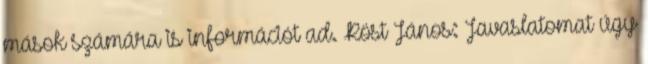
mások számára is információt ad. Röst János: Javaslatomat úgy